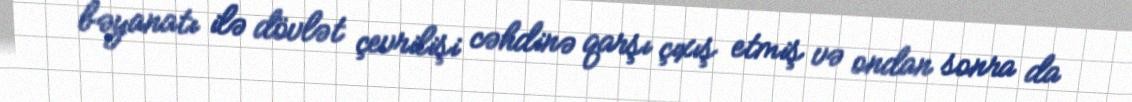
bəyanatı ilə dövlət çevrilişi cəhdinə qarşı çıxış etmiş və ondan sonra da